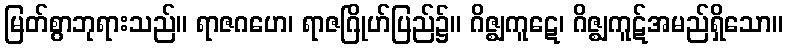
မြတ်စွာဘုရားသည်။ ရာဇဂဟေ၊ ရာဇဂြိုဟ်ပြည်၌။ ဂိဇ္ဈကူဋေ၊ ဂိဇ္ဈကူဋ်အမည်ရှိသော။